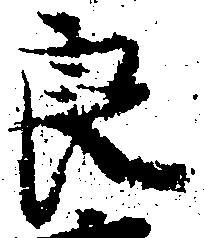
良